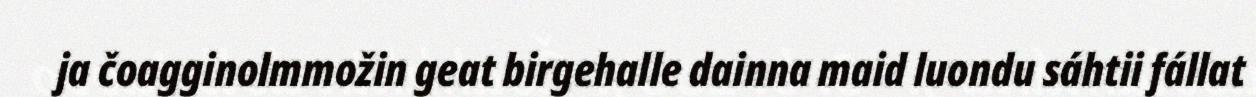
ja čoagginolmmožin geat birgehalle dainna maid luondu sáhtii fállat